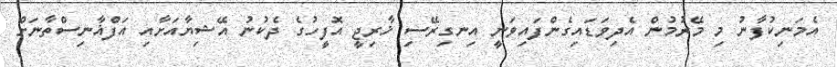
އެމަނިކުފާނު މި މޭރުމުން އެދިވަޑައިގެންފައިވަނީ އިނގިރޭސި ޚާރިޖީ އޮފީހުގެ ދެކުނު އޭޝިޔާއަށާއި އަފްޣާނިސްތާނަށް